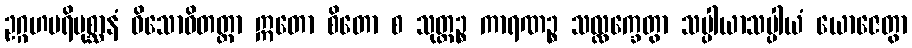
ဥဂ္ဂဟပရိပုစ္ဆာနံ ဝိသောဓိတတ္တာ ဣတော စိတော စ သုတ္တဉ္စ ကာရဏဉ္စ သလ္လက္ခေတွာ သပ္ပါယာသပ္ပါယံ ယောဇေတွာ